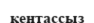
кентассыз